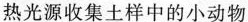
热光源收集土样中的小动物